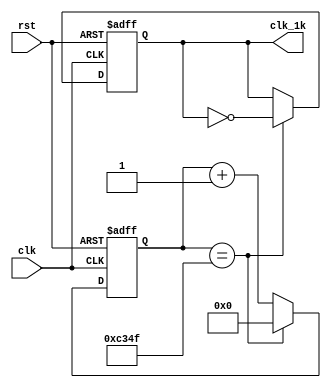
`timescale 1ns / 1ps
//////////////////////////////////////////////////////////////////////////////////
// Company: 
// Engineer: 
// 
// Design Name: 
// Module Name: clock
// Project Name: 
// Target Devices: 
// Tool Versions: 
// Description: 
// 
// Dependencies: 
// 
// Revision:
// Revision 0.01 - File Created
// Additional Comments:
// 
//////////////////////////////////////////////////////////////////////////////////


module clock(
    input clk,
    input rst,
    output reg clk_1k
  //  output clk_c
    );
 
 /* reg [3:0] cnt ;
   always @(posedge clk or negedge rst)
            begin
                if(!rst)
                   cnt <= 4'd0;
               else if(cnt == 9)
                  cnt <= 4'd0;
                else
                    cnt <= cnt + 1'b1;
           end
         always @(posedge clk or negedge rst)
            begin
                if(!rst)
                    clk_1k <= 1'b0;
                else if(cnt == 9)
                    clk_1k <= ~clk_1k;
                else
                    clk_1k <= clk_1k ;
            end
        //    assign clk_c = clk_1k;
            */
      
        reg [15:0] cnt;
        always @(posedge clk or negedge rst)
                 begin
                     if(!rst)
                        cnt <= 16'd0;
                     else if(cnt == 16'd49999)
                         cnt <= 16'd0;
                     else
                         cnt <= cnt + 1'b1;
                end
              always @(posedge clk or negedge rst)
                 begin
                     if(!rst)
                         clk_1k <= 1'b0;
                     else if(cnt == 16'd49999)
                         clk_1k <= ~clk_1k;
                     else
                         clk_1k <= clk_1k ;
                 end    
      
endmodule